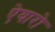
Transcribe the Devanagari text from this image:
ऐयारो